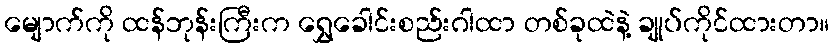
မျောက်ကို ထန်ဘုန်းကြီးက ရွှေခေါင်းစည်းဂါထာ တစ်ခုထဲနဲ့ ချုပ်ကိုင်ထားတာ။